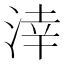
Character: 涬